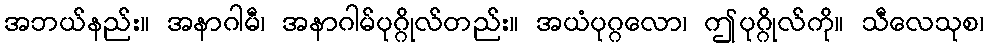
အဘယ်နည်း။ အနာဂါမီ၊ အနာဂါမ်ပုဂ္ဂိုလ်တည်း။ အယံပုဂ္ဂလော၊ ဤပုဂ္ဂိုလ်ကို။ သီလေသုစ၊